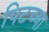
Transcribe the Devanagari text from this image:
पिटच्या